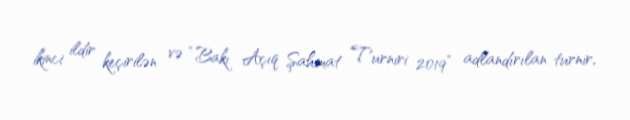
ikinci ildir keçirilən və “Bakı Açıq Şahmat Turniri 2019” adlandırılan turnir,